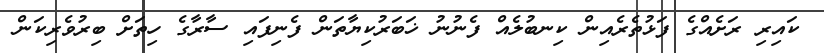
ކައިރި ރަށެއްގެ ފަޅުތެރެއިން ކިނބުލެއް ފެނުނު ޚަބަރުކިޔާތަން ފެނިފައި ސާރާގެ ހިތަށް ބިރުވެރިކަން